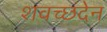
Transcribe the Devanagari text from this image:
शवच्छंदेन